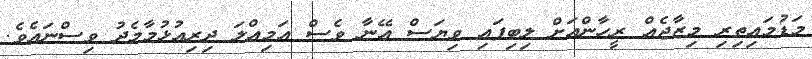
މަޑުމައިތިރި މިޒާޖެއް ރީހާންއަށް ލިބިފައި ވިޔަސް އޭނާ ވެސް އަމިއްލަ ދިރިއުޅުމާމެދު ވިސްނައެވެ.